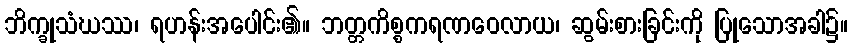
ဘိက္ခုသံဃဿ၊ ရဟန်းအပေါင်း၏။ ဘတ္တကိစ္စကရဏဝေလာယ၊ ဆွမ်းစားခြင်းကို ပြုသောအခါ၌။